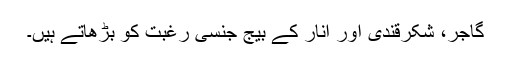
گاجر، شکرقندی اور انار کے بیج جنسی رغبت کو بڑھاتے ہیں۔